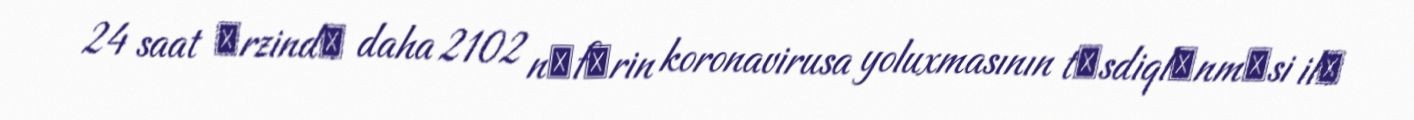
24 saat әrzindә daha 2102 nәfәrin koronavirusa yoluxmasının tәsdiqlәnmәsi ilә